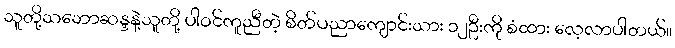
သူတို့သဘောဆန္ဒနဲ့သူတို့ ပါဝင်ကူညီတဲ့ စိတ်ပညာကျောင်းသား ၁၂ဦးကို စံထား လေ့လာပါတယ်။